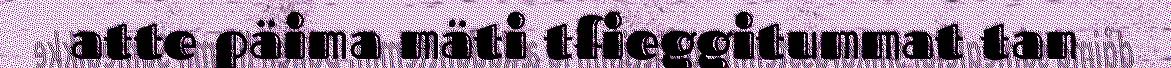
atte päima mäti tfieggitummat tan